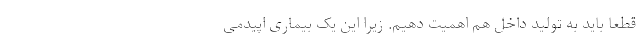
قطعاً باید به تولید داخل هم اهمیت دهیم. زیرا این یک بیماری اپیدمی